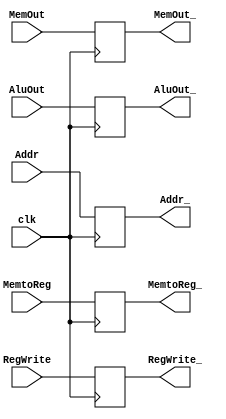
module MEMWB(clk, MemtoReg, RegWrite, MemOut, AluOut, Addr, MemtoReg_, RegWrite_, MemOut_, AluOut_, Addr_);

input clk, MemtoReg, RegWrite;
input [31:0] MemOut, AluOut;
input [4:0] Addr;
output reg MemtoReg_, RegWrite_;
output reg [31:0] MemOut_, AluOut_;
output reg [4:0] Addr_;

always@(posedge clk) begin
    MemtoReg_ = MemtoReg;
    RegWrite_ = RegWrite;
    MemOut_ = MemOut;
    AluOut_ = AluOut;
    Addr_ = Addr;
end
endmodule